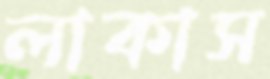
লাকাস